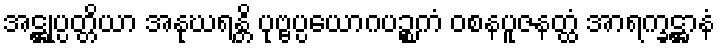
အဋ္ဌုပ္ပတ္တိယာ အနုဃရန္တိ ပုဗ္ဗပ္ပယောဂပဉ္စကံ ဝစနပူဇနတ္ထံ အာရက္ခဋ္ဌာနံ